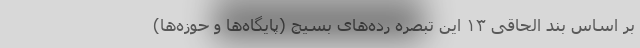
بر اساس بند الحاقی ۱۳ این تبصره رده‌های بسیج (پایگاه‌ها و حوزه‌ها)